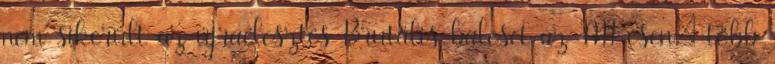
nem sikerült az újraélesztés Brutális baleset az M1-esen: több